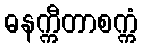
ဓနက္ကီတာစက္ကံ